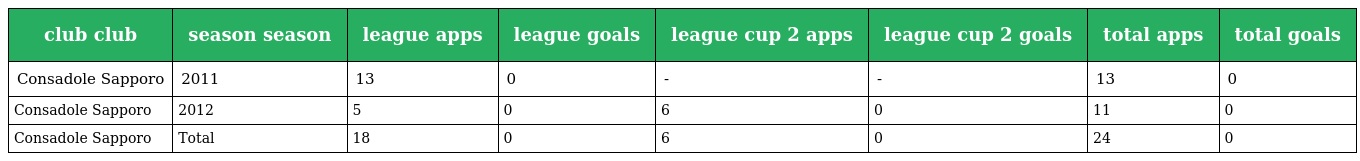
| club club | season season | league apps | league goals | league cup 2 apps | league cup 2 goals | total apps | total goals |
 | --- | --- | --- | --- | --- | --- | --- | --- |
 | Consadole Sapporo | 2011 | 13 | 0 | - | - | 13 | 0 |
 | Consadole Sapporo | 2012 | 5 | 0 | 6 | 0 | 11 | 0 |
 | Consadole Sapporo | Total | 18 | 0 | 6 | 0 | 24 | 0 |